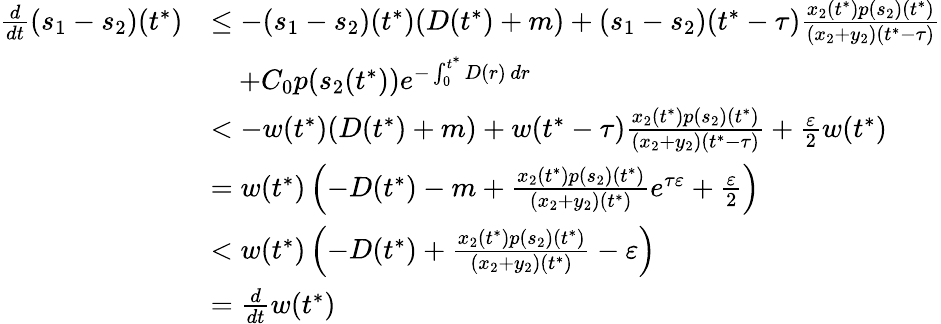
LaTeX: \begin{array}{rl}{\frac{d}{dt}(s_{1}-s_{2})(t^{*})}&{\leq-(s_{1}-s_{2})(t^{*})(D(t^{*})+m)+(s_{1}-s_{2})(t^{*}-\tau)\frac{x_{2}(t^{*})p(s_{2})(t^{*})}{(x_{2}+y_{2})(t^{*}-\tau)}}\\ &{\quad+C_{0}p(s_{2}(t^{*}))e^{-\int_{0}^{t^{*}}D(r)\, dr}}\\ &{<-w(t^{*})(D(t^{*})+m)+w(t^{*}-\tau)\frac{x_{2}(t^{*})p(s_{2})(t^{*})}{(x_{2}+y_{2})(t^{*}-\tau)}+\frac{\varepsilon}{2}w(t^{*})}\\ &{=w(t^{*})\left(-D(t^{*})-m+\frac{x_{2}(t^{*})p(s_{2})(t^{*})}{(x_{2}+y_{2})(t^{*})}e^{\tau\varepsilon}+\frac{\varepsilon}{2}\right)}\\ &{<w(t^{*})\left(-D(t^{*})+\frac{x_{2}(t^{*})p(s_{2})(t^{*})}{(x_{2}+y_{2})(t^{*})}-\varepsilon\right)}\\ &{=\frac{d}{dt}w(t^{*})}\end{array}